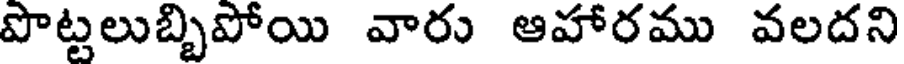
పొట్టలుబ్బిపోయి వారు ఆహారము వలదని